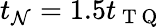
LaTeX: t_{\mathcal{N}}=1.5t_{\mathrm{{~T~Q~}}}